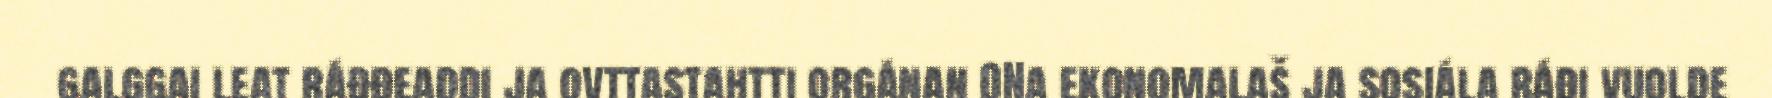
galggai leat ráđđeaddi ja ovttastahtti orgánan ONa ekonomalaš ja sosiála ráđi vuolde